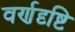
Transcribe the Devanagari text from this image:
वर्णदृष्टि